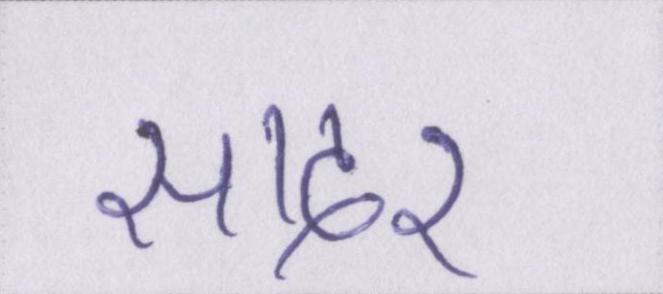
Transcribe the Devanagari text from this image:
सादर